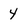
Character: 4